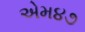
એમ૪૭